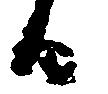
日